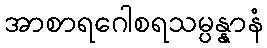
အာစာရဂေါစရသမ္ပန္နာနံ